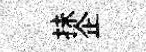
抺企